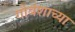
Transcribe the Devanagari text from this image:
गोवंशाच्या